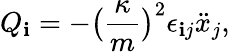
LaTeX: Q_{\mathbf{i}}=-\big(\frac{{\kappa}}{{m}}\big)^{2}\epsilon_{\mathbf{i}j}\ddot{{x}}_{j},